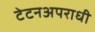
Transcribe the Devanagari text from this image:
टेटनअपराधी